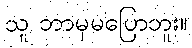
သူ ဘာမှမပြောဘူး။